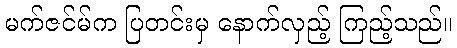
မက်ဇင်မ်က ပြတင်းမှ နောက်လှည့် ကြည့်သည်။